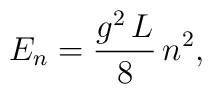
E_n={g^2\,L\over 8}\,n^2,